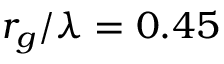
r _ { g } / \lambda = 0 . 4 5